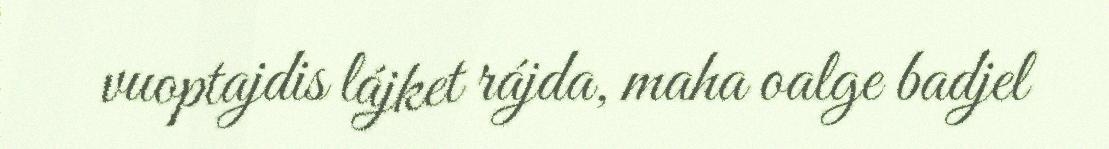
vuoptajdis lájket rájda, maha oalge badjel